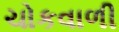
ચોકવાળી